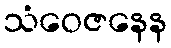
သံဝေဇနေန